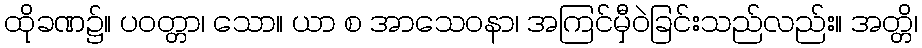
ထိုခဏ၌။ ပဝတ္တာ၊ သော။ ယာ စ အာသေဝနာ၊ အကြင်မှီဝဲခြင်းသည်လည်း။ အတ္တိ၊